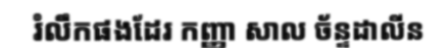
រំលឹកផងដែរ កញ្ញា សាល ច័ន្ទដាលីន